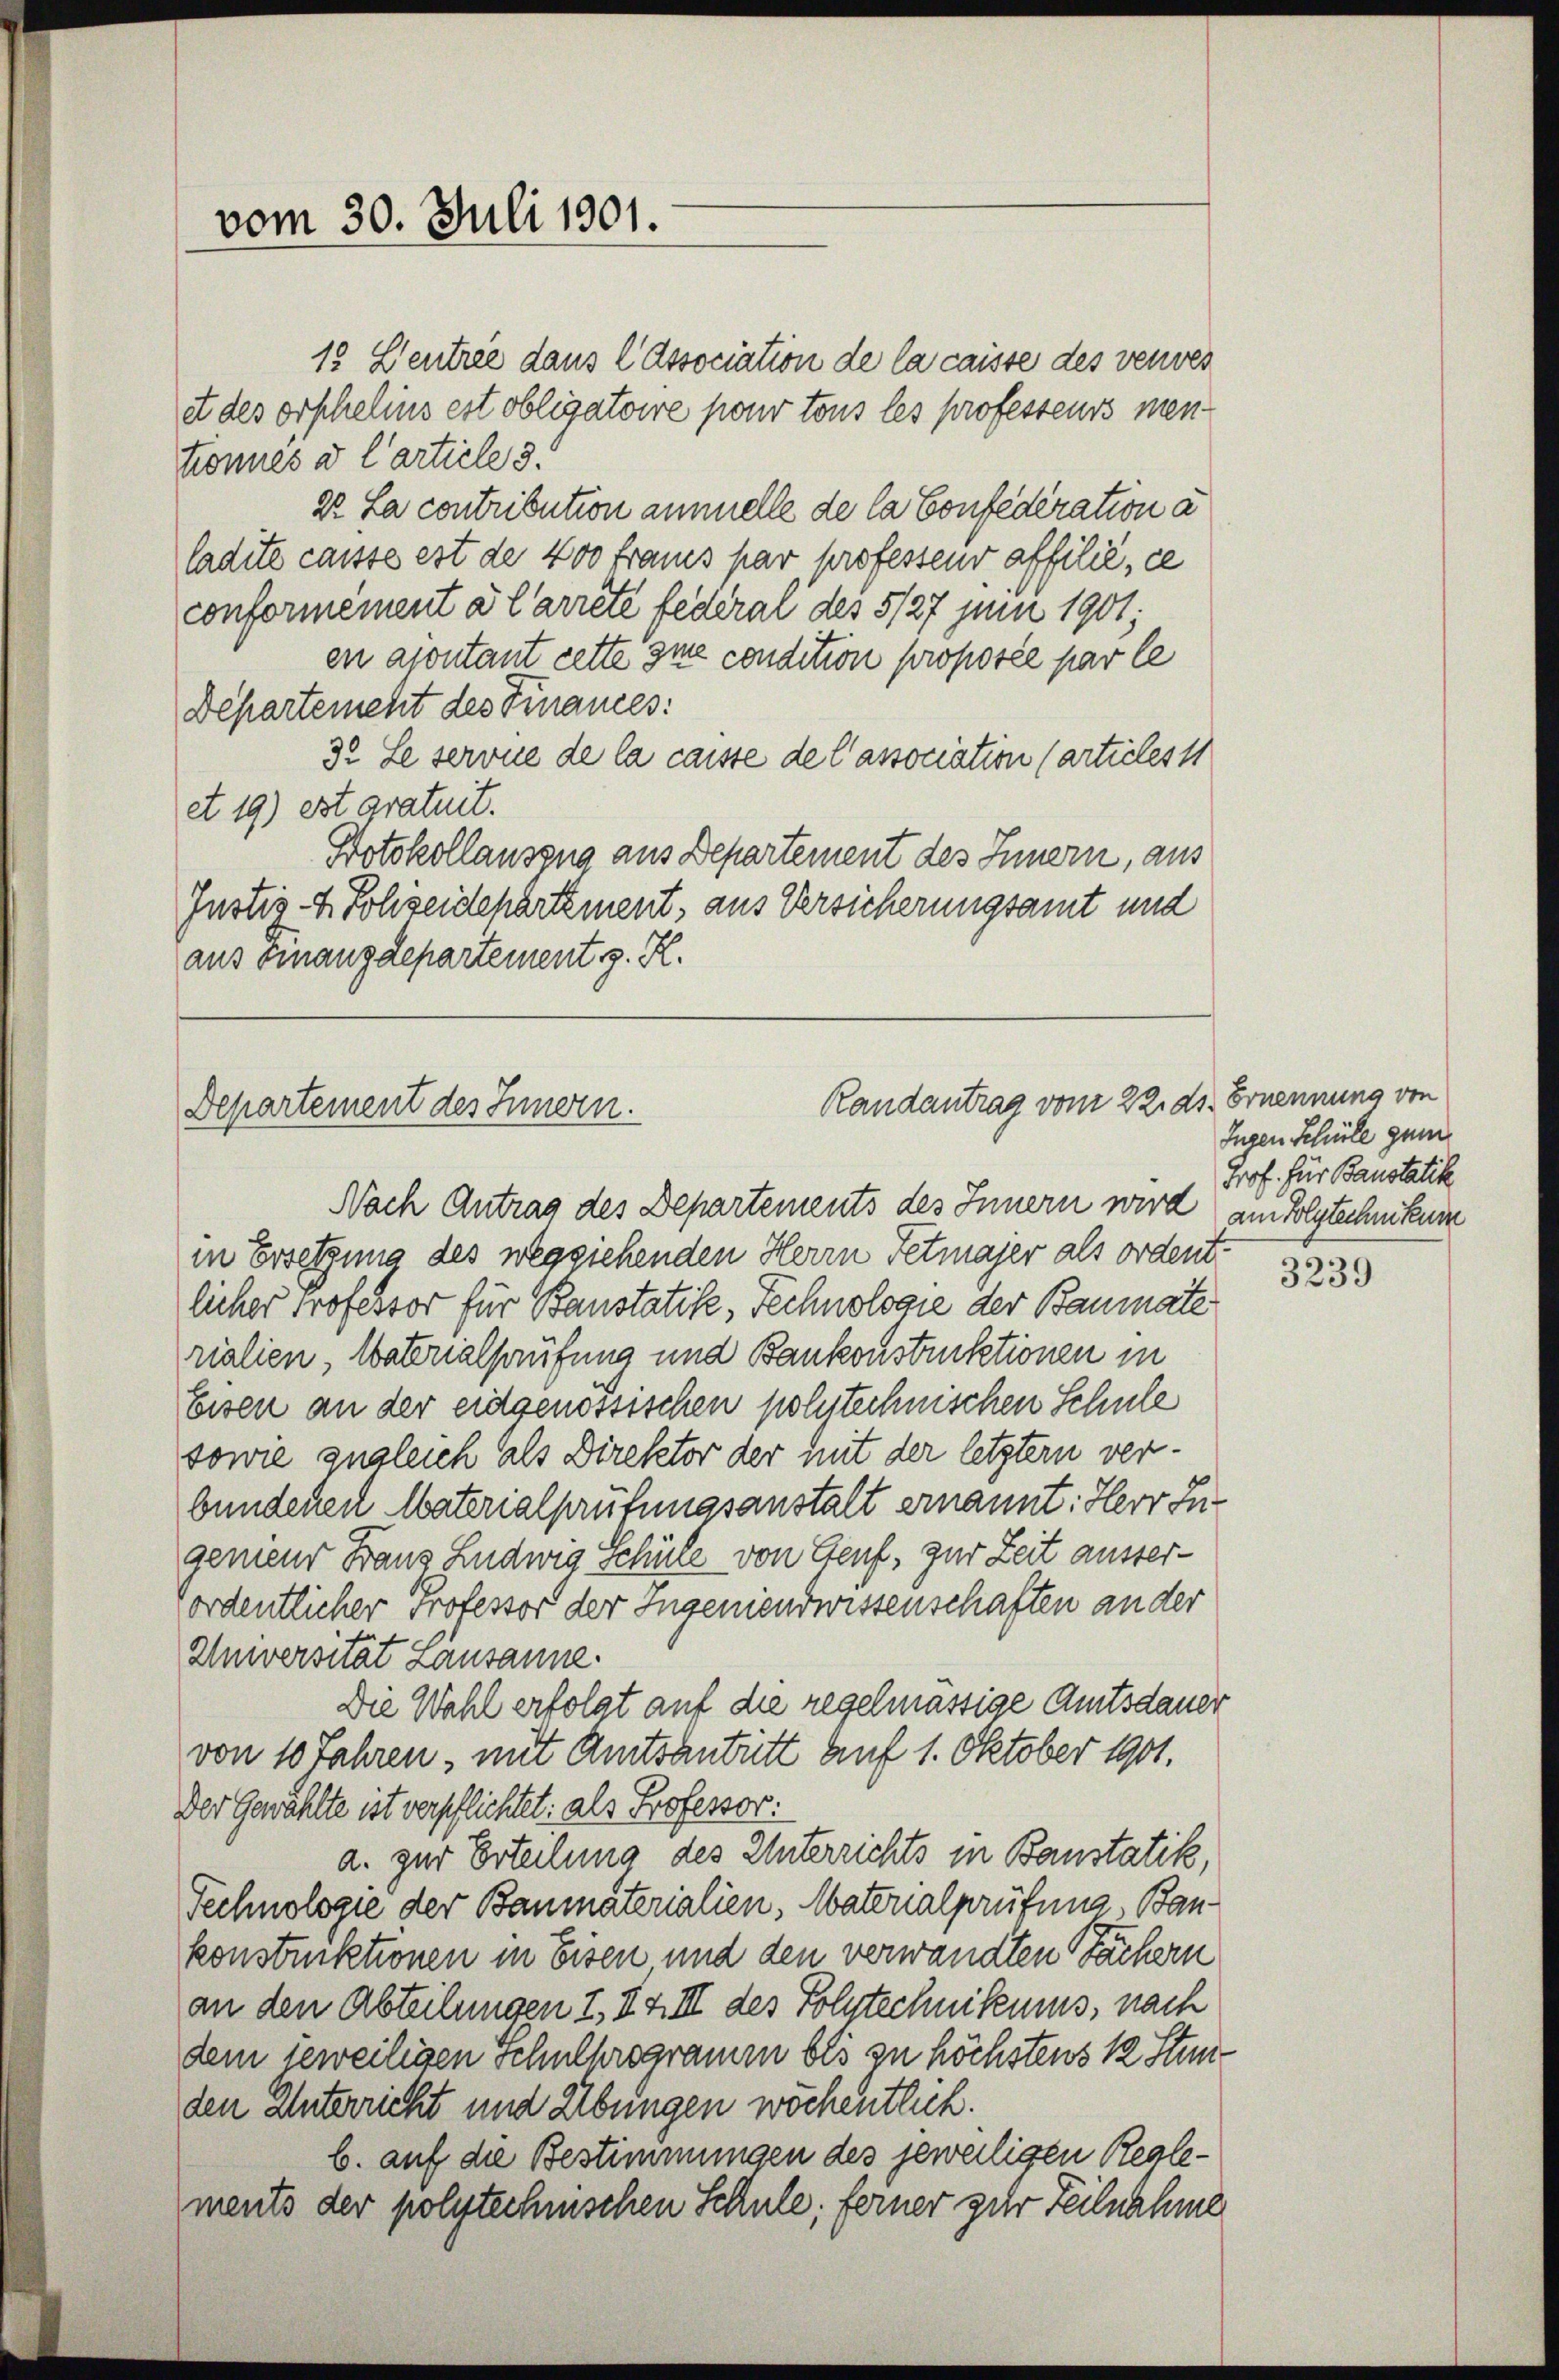
vom 30. Juli 1901.

15 Centree dans l Association de la caisse des verwes
et des orphelins est obligatoire pour tous les professeurs mentronnes a l’article 3.
Dr. La contribution annuelle de la Confederation a
ladite caisse est de 400 Fraues par professeur affilié, ce
conformément à l’arrete federal des 5/27 juni 1901;
en apontant cette sie condition proposée par le
Departement des Finances:
32 Le servie de la caisse de l’association (articles 11
et 19) est gratuit.
Potokollauszug aus Departement des Innern, aus
Justiz- & Sohseidepartement, aus Versicherungsamt und
aus Finanzdepartement z. R.

Randantrag vom 22. ds. Ernennung von
Departement des Innern.

in Ersetzung des wegziehenden Herrn Fetmayer als ordent:
licher Professor für Banstative, Technologie der Baumate
rialien Vaterialprüfung und Bankonstruktionen in
Eisen an der eidgenössischen polytechnischen Schule
sowie zugleich als Direktor der mit der letzter verbundenen Materialprüfungsanstalt ernannt: Herr Ingenieur Franz Ludwig Schüle von Genf, zur Zeit ausserfordentlicher Professor der Ingeniendwissenschaften an der
Universität Lausanne.
Die Wahl erfolgt auf die regelmässige Amtsdauer
von 10 Jahren, mit Amtsantritt auf 1. Oktober 1901.
Der Gewählte ist verpflichtet: als Professor.
a. zur Erteilung des Unterrichts in Baustatik,
Technologie der Baumaterialien, Materialprüfung, Bau-
konstinktionen in Eisen, und den verwandten Fächern
an den Abteilungen I. IX II des Polytechnikums, nach
dem jeweiligen Schulhrogramm bis zu höchstens 12 Stunden Unterricht und Übungen wöchentlich.
b. auf die Bestimmungen des jeweiligen Realements der polytechnischen Schule, ferner zur Teilnahme

Nach Antrag des Departements des Innern wird am Polytechnikum

Eugen Schüle gum
Prof. für Baustatik

3239